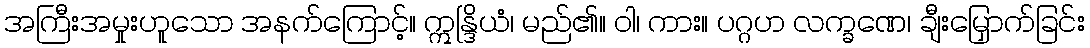
အကြီးအမှုးဟူသော အနက်ကြောင့်။ ဣန္ဒြိယံ၊ မည်၏။ ဝါ၊ ကား။ ပဂ္ဂဟ လက္ခဏေ၊ ချီးမြှောက်ခြင်း